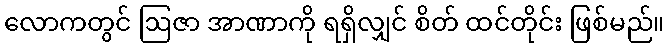
လောကတွင် ဩဇာ အာဏာကို ရရှိလျှင် စိတ် ထင်တိုင်း ဖြစ်မည်။